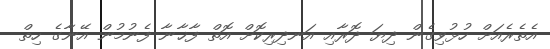
އެތެރެއަށް ހުޅުވިގެން ދިޔަ ދޮރާއި އަނދިރިކޮށް އޮތް ފާޚާނާ ފެނުމުން އޭނާގެ ހިތް